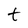
Character: t